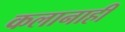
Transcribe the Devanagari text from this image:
कलानाही